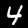
Label: 4